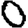
Digit: 0